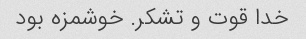
خدا قوت و تشکر. خوشمزه بود